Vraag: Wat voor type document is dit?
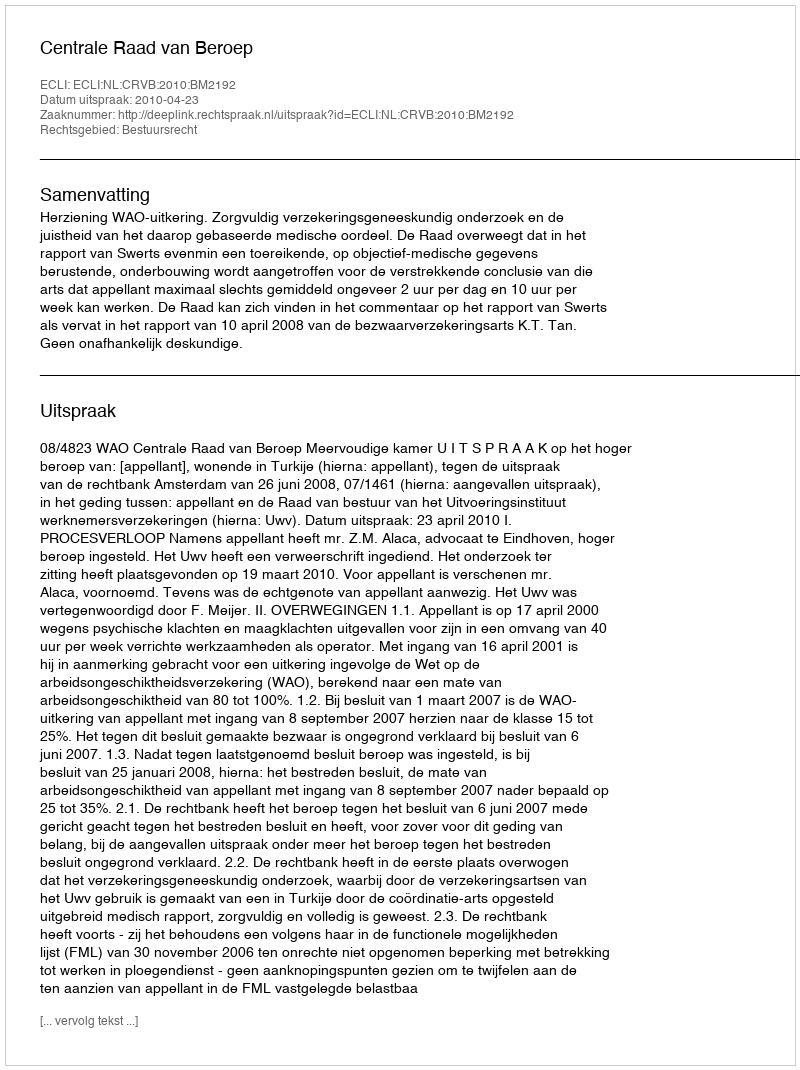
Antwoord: Uitspraak